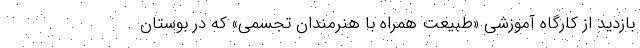
بازدید از کارگاه آموزشی «طبیعت همراه با هنرمندان تجسمی» که در بوستان